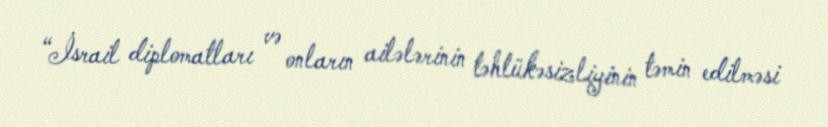
“İsrail diplomatları və onların ailələrinin təhlükəsizliyinin təmin edilməsi